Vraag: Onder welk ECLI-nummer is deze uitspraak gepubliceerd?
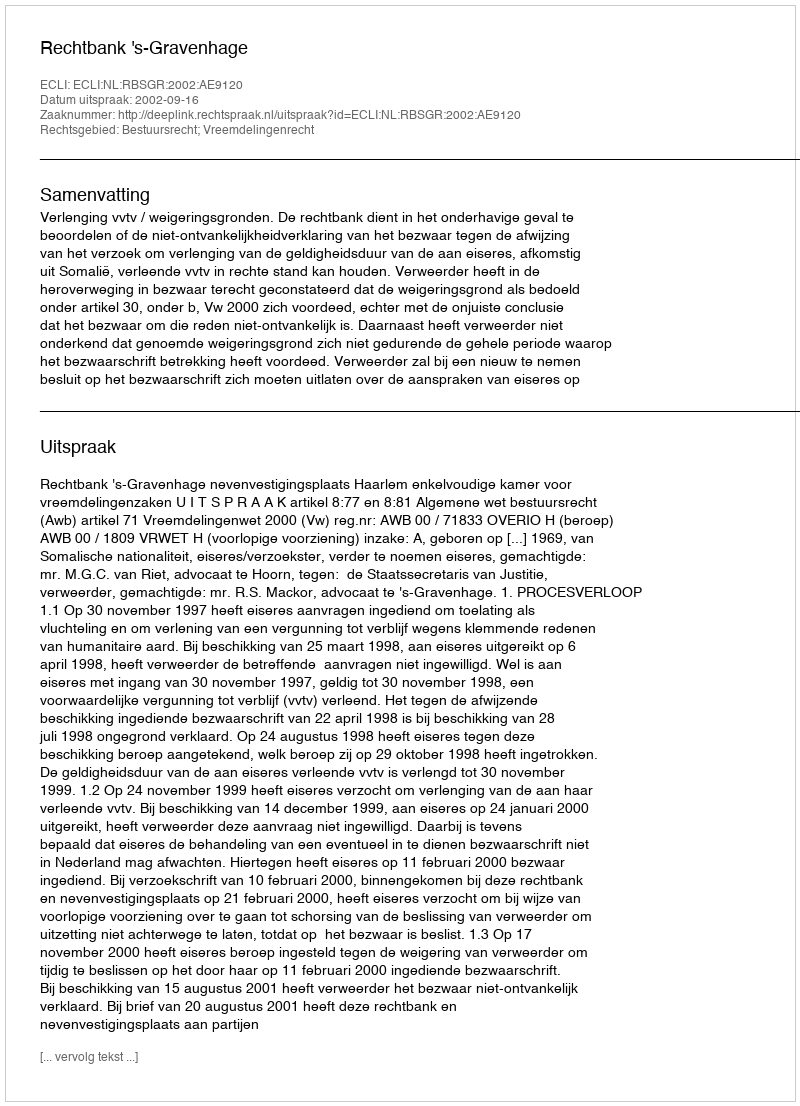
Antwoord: ECLI:NL:RBSGR:2002:AE9120